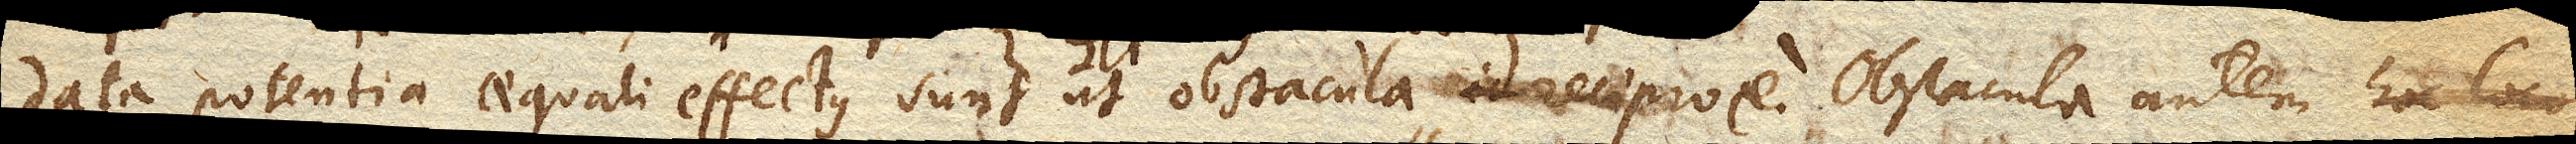
data potentia aequali effectus sunt ut obstacula, id reciproce Obstacula autem hoc loco